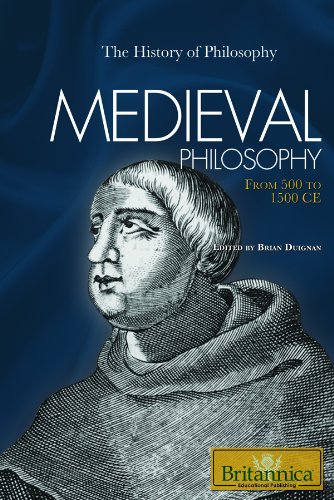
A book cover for Medieval Philosophy: From 500 to 1500 CE (History of Philosophy); Teen & Young Adult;